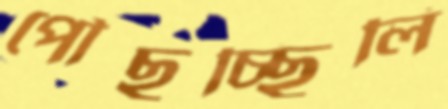
পৌঁছুচ্ছিলি